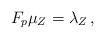
LaTeX: \begin{align*}F_p\mu_Z = \lambda_Z\,,\end{align*}